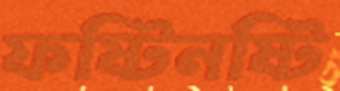
ফষ্টিনষ্টি